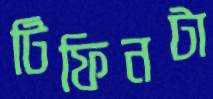
টিফিনটা